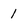
Character: 1